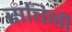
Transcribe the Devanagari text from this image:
सचिनी